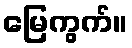
မြေကွက်။